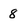
Character: 8